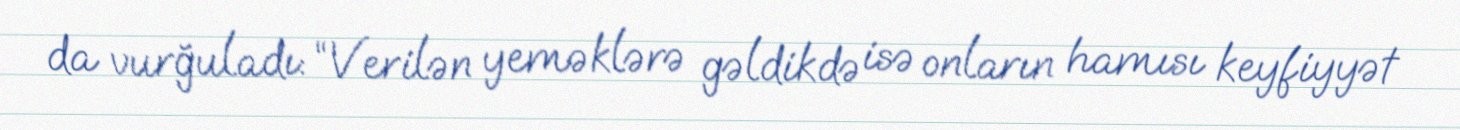
da vurğuladı: “Verilən yeməklərə gəldikdə isə onların hamısı keyfiyyət